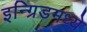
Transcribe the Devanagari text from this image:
इन्ग्रिडमध्ये